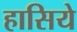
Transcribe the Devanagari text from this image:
हासिये